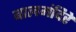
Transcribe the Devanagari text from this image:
बालमंदिरे